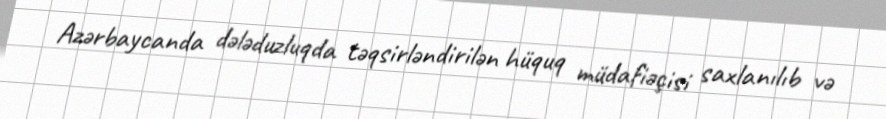
Azərbaycanda dələduzluqda təqsirləndirilən hüquq müdafiəçisi saxlanılıb və